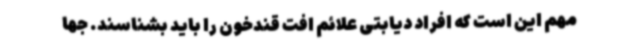
مهم این است که افراد دیابتی علائم افت قندخون را باید بشناسند. جها